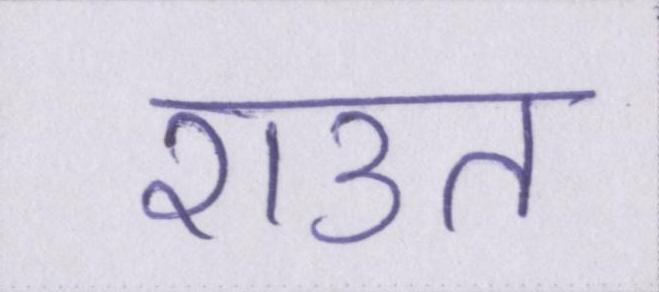
राउत